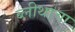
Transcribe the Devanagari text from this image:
ब्लीथाचा